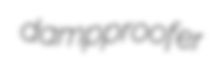
dampproofer